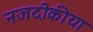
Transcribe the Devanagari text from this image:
नजदीकीया